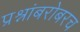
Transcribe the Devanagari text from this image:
प्रश्नांबरोबरच